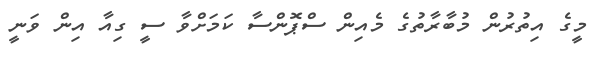
މީގެ އިތުރުން މުބާރާތުގެ މެއިން ސްޕޮންސާ ކަމަށްވާ ސީ ގިއާ އިން ވަނީ